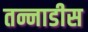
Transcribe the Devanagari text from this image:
तन्नाडीस